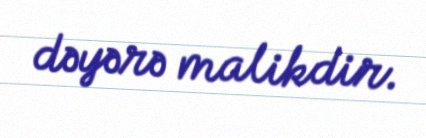
dəyərə malikdir.